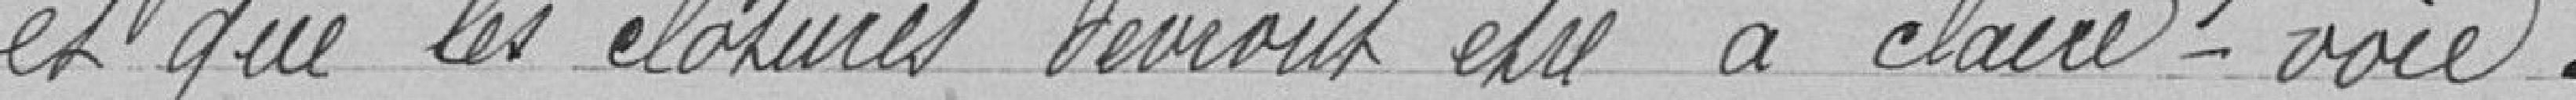
et que les clotures devront etre à clair-voie.